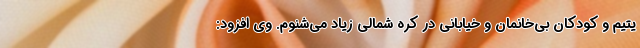
یتیم و کودکان بی‌خانمان و خیابانی در کره شمالی زیاد می‌شنوم. وی افزود: